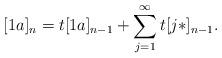
LaTeX: \begin{align*}[1a]_n = t [1a]_{n-1} + \sum_{j=1}^\infty t [j*]_{n-1}.\end{align*}